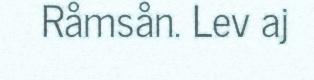
Råmsån. Lev aj